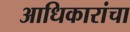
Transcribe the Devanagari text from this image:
आधिकारांचा